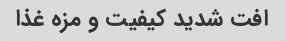
افت شدید کیفیت و مزه غذا